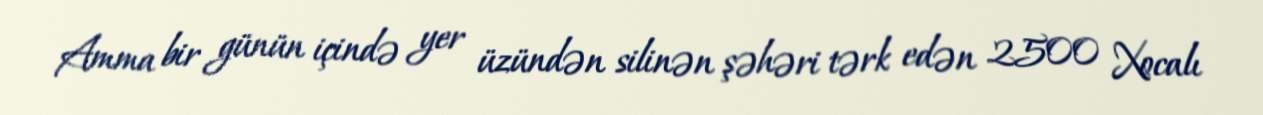
Amma bir günün içində yer üzündən silinən şəhəri tərk edən 2500 Xocalı